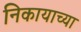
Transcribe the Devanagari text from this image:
निकायाच्या